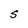
Character: s